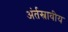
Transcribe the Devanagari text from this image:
अंर्तस्रावीय